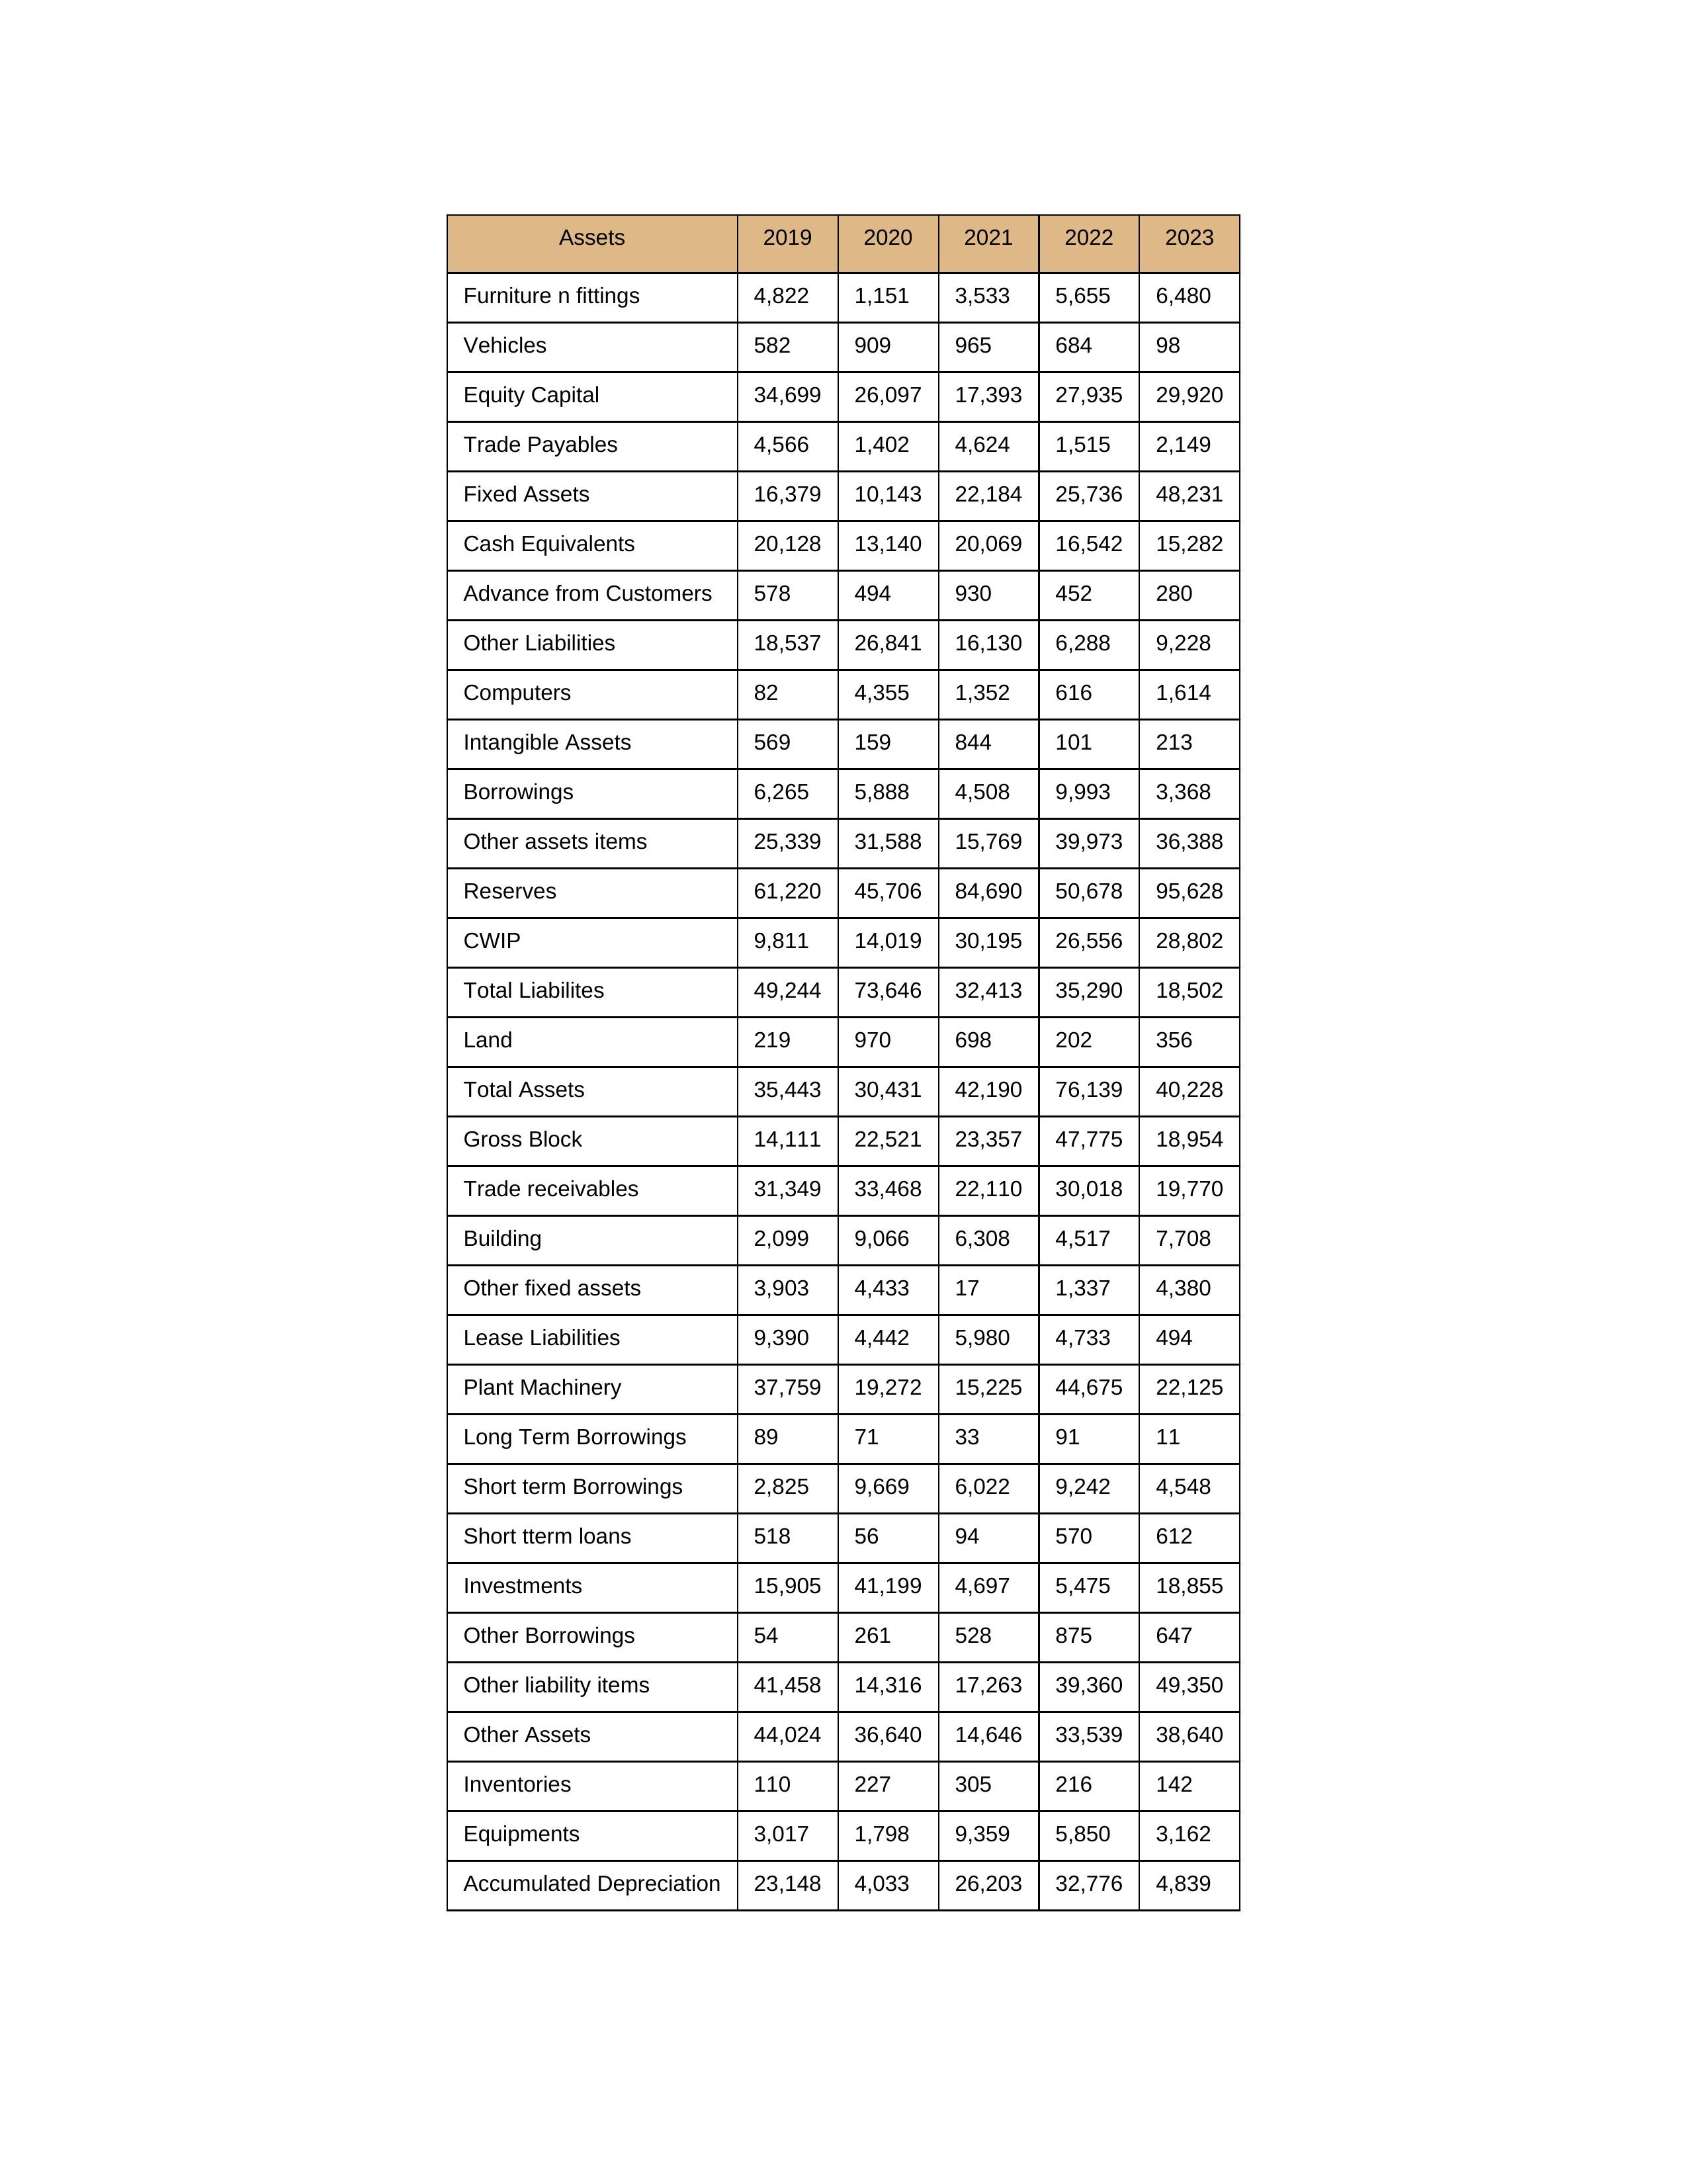
gt_parse: 2019: Equity Capital: 34,699
Reserves: 61,220
Borrowings: 6,265
Long Term Borrowings: 89
Short term Borrowings: 2,825
Lease Liabilities: 9,390
Other Borrowings: 54
Other Liabilities: 18,537
Trade Payables: 4,566
Advance from Customers: 578
Other liability items: 41,458
Total Liabilites: 49,244
Fixed Assets: 16,379
Land: 219
Building: 2,099
Plant Machinery: 37,759
Equipments: 3,017
Computers: 82
Furniture n fittings: 4,822
Vehicles: 582
Intangible Assets: 569
Other fixed assets: 3,903
Gross Block: 14,111
Accumulated Depreciation: 23,148
CWIP: 9,811
Investments: 15,905
Other Assets: 44,024
Inventories: 110
Trade receivables: 31,349
Cash Equivalents: 20,128
Short tterm loans: 518
Other assets items: 25,339
Total Assets: 35,443
2020: Equity Capital: 26,097
Reserves: 45,706
Borrowings: 5,888
Long Term Borrowings: 71
Short term Borrowings: 9,669
Lease Liabilities: 4,442
Other Borrowings: 261
Other Liabilities: 26,841
Trade Payables: 1,402
Advance from Customers: 494
Other liability items: 14,316
Total Liabilites: 73,646
Fixed Assets: 10,143
Land: 970
Building: 9,066
Plant Machinery: 19,272
Equipments: 1,798
Computers: 4,355
Furniture n fittings: 1,151
Vehicles: 909
Intangible Assets: 159
Other fixed assets: 4,433
Gross Block: 22,521
Accumulated Depreciation: 4,033
CWIP: 14,019
Investments: 41,199
Other Assets: 36,640
Inventories: 227
Trade receivables: 33,468
Cash Equivalents: 13,140
Short tterm loans: 56
Other assets items: 31,588
Total Assets: 30,431
2021: Equity Capital: 17,393
Reserves: 84,690
Borrowings: 4,508
Long Term Borrowings: 33
Short term Borrowings: 6,022
Lease Liabilities: 5,980
Other Borrowings: 528
Other Liabilities: 16,130
Trade Payables: 4,624
Advance from Customers: 930
Other liability items: 17,263
Total Liabilites: 32,413
Fixed Assets: 22,184
Land: 698
Building: 6,308
Plant Machinery: 15,225
Equipments: 9,359
Computers: 1,352
Furniture n fittings: 3,533
Vehicles: 965
Intangible Assets: 844
Other fixed assets: 17
Gross Block: 23,357
Accumulated Depreciation: 26,203
CWIP: 30,195
Investments: 4,697
Other Assets: 14,646
Inventories: 305
Trade receivables: 22,110
Cash Equivalents: 20,069
Short tterm loans: 94
Other assets items: 15,769
Total Assets: 42,190
2022: Equity Capital: 27,935
Reserves: 50,678
Borrowings: 9,993
Long Term Borrowings: 91
Short term Borrowings: 9,242
Lease Liabilities: 4,733
Other Borrowings: 875
Other Liabilities: 6,288
Trade Payables: 1,515
Advance from Customers: 452
Other liability items: 39,360
Total Liabilites: 35,290
Fixed Assets: 25,736
Land: 202
Building: 4,517
Plant Machinery: 44,675
Equipments: 5,850
Computers: 616
Furniture n fittings: 5,655
Vehicles: 684
Intangible Assets: 101
Other fixed assets: 1,337
Gross Block: 47,775
Accumulated Depreciation: 32,776
CWIP: 26,556
Investments: 5,475
Other Assets: 33,539
Inventories: 216
Trade receivables: 30,018
Cash Equivalents: 16,542
Short tterm loans: 570
Other assets items: 39,973
Total Assets: 76,139
2023: Equity Capital: 29,920
Reserves: 95,628
Borrowings: 3,368
Long Term Borrowings: 11
Short term Borrowings: 4,548
Lease Liabilities: 494
Other Borrowings: 647
Other Liabilities: 9,228
Trade Payables: 2,149
Advance from Customers: 280
Other liability items: 49,350
Total Liabilites: 18,502
Fixed Assets: 48,231
Land: 356
Building: 7,708
Plant Machinery: 22,125
Equipments: 3,162
Computers: 1,614
Furniture n fittings: 6,480
Vehicles: 98
Intangible Assets: 213
Other fixed assets: 4,380
Gross Block: 18,954
Accumulated Depreciation: 4,839
CWIP: 28,802
Investments: 18,855
Other Assets: 38,640
Inventories: 142
Trade receivables: 19,770
Cash Equivalents: 15,282
Short tterm loans: 612
Other assets items: 36,388
Total Assets: 40,228